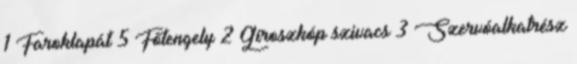
1 Faroklapát 5 Főtengely 2 Giroszkóp szivacs 3 Szervóalkatrész